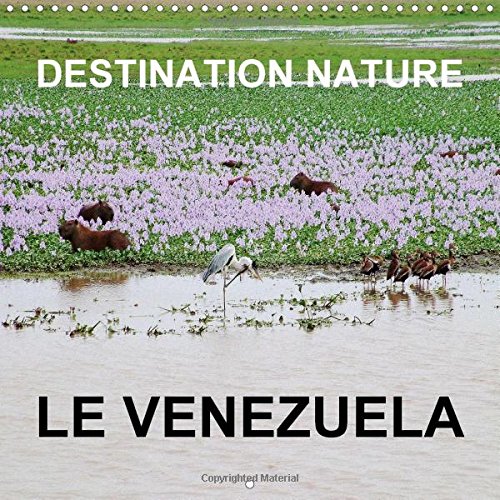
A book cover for Destination Nature Le Venezuela: Les Attractions Touristiques Naturelles Du Venezuela Comprennent La Gran Sabana, La Plaine Herbeuse De Llanos, La ... La Flore (Calvendo Nature) (French Edition); Rudolf Blank; Travel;